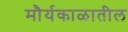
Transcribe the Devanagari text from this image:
मौर्यकाळातील